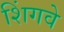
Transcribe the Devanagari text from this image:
शिंगवे